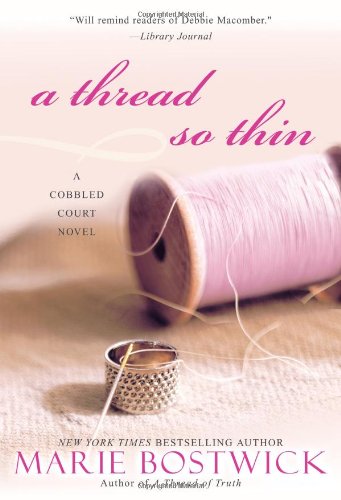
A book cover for A Thread So Thin (Cobbled Court Quilts); Marie Bostwick; Literature & Fiction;